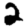
Digit: 2